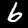
Digit: 6